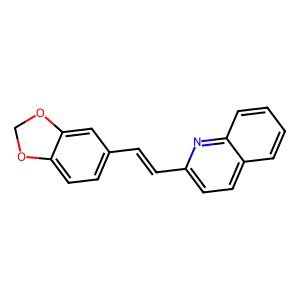
SMILES: C(=Cc1ccc2ccccc2n1)c1ccc2c(c1)OCO2
Inhibits HIV replication: No